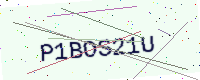
Text: P1BOS21U